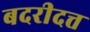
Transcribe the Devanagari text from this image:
बदरीदत्त